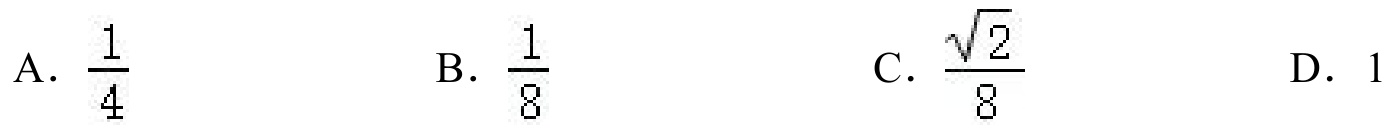
A. $\dfrac{1}{4}$
B. $\dfrac{1}{8}$
C. $\dfrac{\sqrt{2}}{8}$
D. $1$